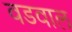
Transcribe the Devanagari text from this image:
वडवाल